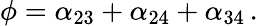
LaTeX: \phi=\alpha_{23}+\alpha_{24}+\alpha_{34}\, .